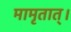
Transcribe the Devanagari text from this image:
मामृतात्‌।